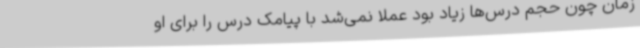
زمان چون حجم درس‌ها زیاد بود عملاً نمی‌شد با پیامک درس را برای او